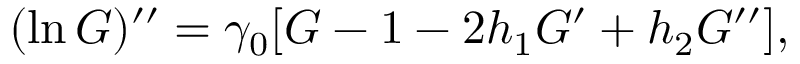
( \ln G ) ^ { \prime \prime } = \gamma _ { 0 } [ G - 1 - 2 h _ { 1 } G ^ { \prime } + h _ { 2 } G ^ { \prime \prime } ] ,